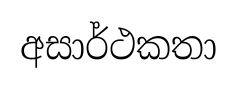
අසාර්ථකතා